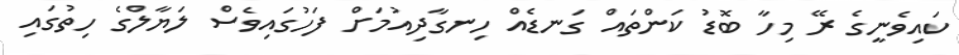
ކައިވެނީގެ ރޭ މިހާ ބޮޑު ކަންތައް ގަނޑެއް ހިނގާދިއުމަށް ފަހުގައިވެސް ލަޔާލްގެ ހިތުގައި